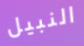
النبيل